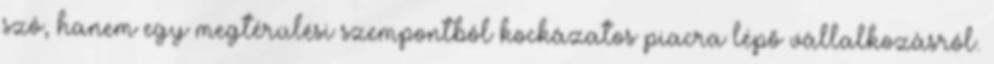
szó, hanem egy megtérülési szempontból kockázatos piacra lépő vállalkozásról.